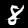
Digit: 8